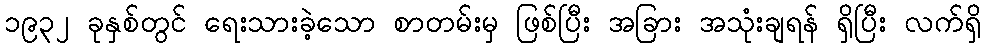
၁၉၃၂ ခုနှစ်တွင် ရေးသားခဲ့သော စာတမ်းမှ ဖြစ်ပြီး အခြား အသုံးချရန် ရှိပြီး လက်ရှိ